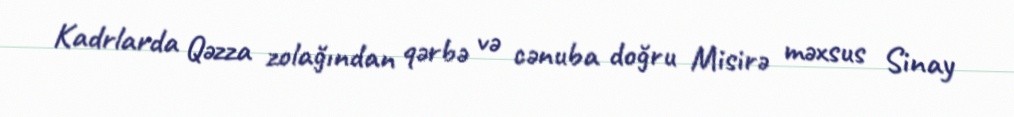
Kadrlarda Qəzza zolağından qərbə və cənuba doğru Misirə məxsus Sinay